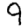
Digit: 9